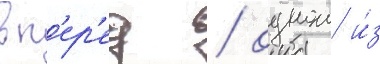
вп'ер'ед / однои и́з